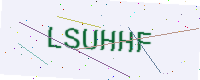
Text: LSUHHF